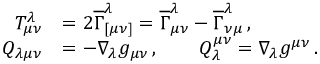
\begin{array} { r l } { T ^ { \lambda } _ { \mu \nu } } & { = 2 \overline { { \Gamma } } _ { [ \mu \nu ] } ^ { \lambda } = \overline { { \Gamma } } _ { \mu \nu } ^ { \lambda } - \overline { { \Gamma } } _ { \nu \mu } ^ { \lambda } \, , } \\ { Q _ { \lambda \mu \nu } } & { = - \nabla _ { \lambda } g _ { \mu \nu } \, , \qquad Q _ { \lambda } ^ { \mu \nu } = \nabla _ { \lambda } g ^ { \mu \nu } \, . } \end{array}